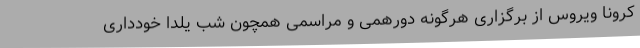
کرونا ویروس از برگزاری هرگونه دورهمی و مراسمی همچون شب یلدا خودداری